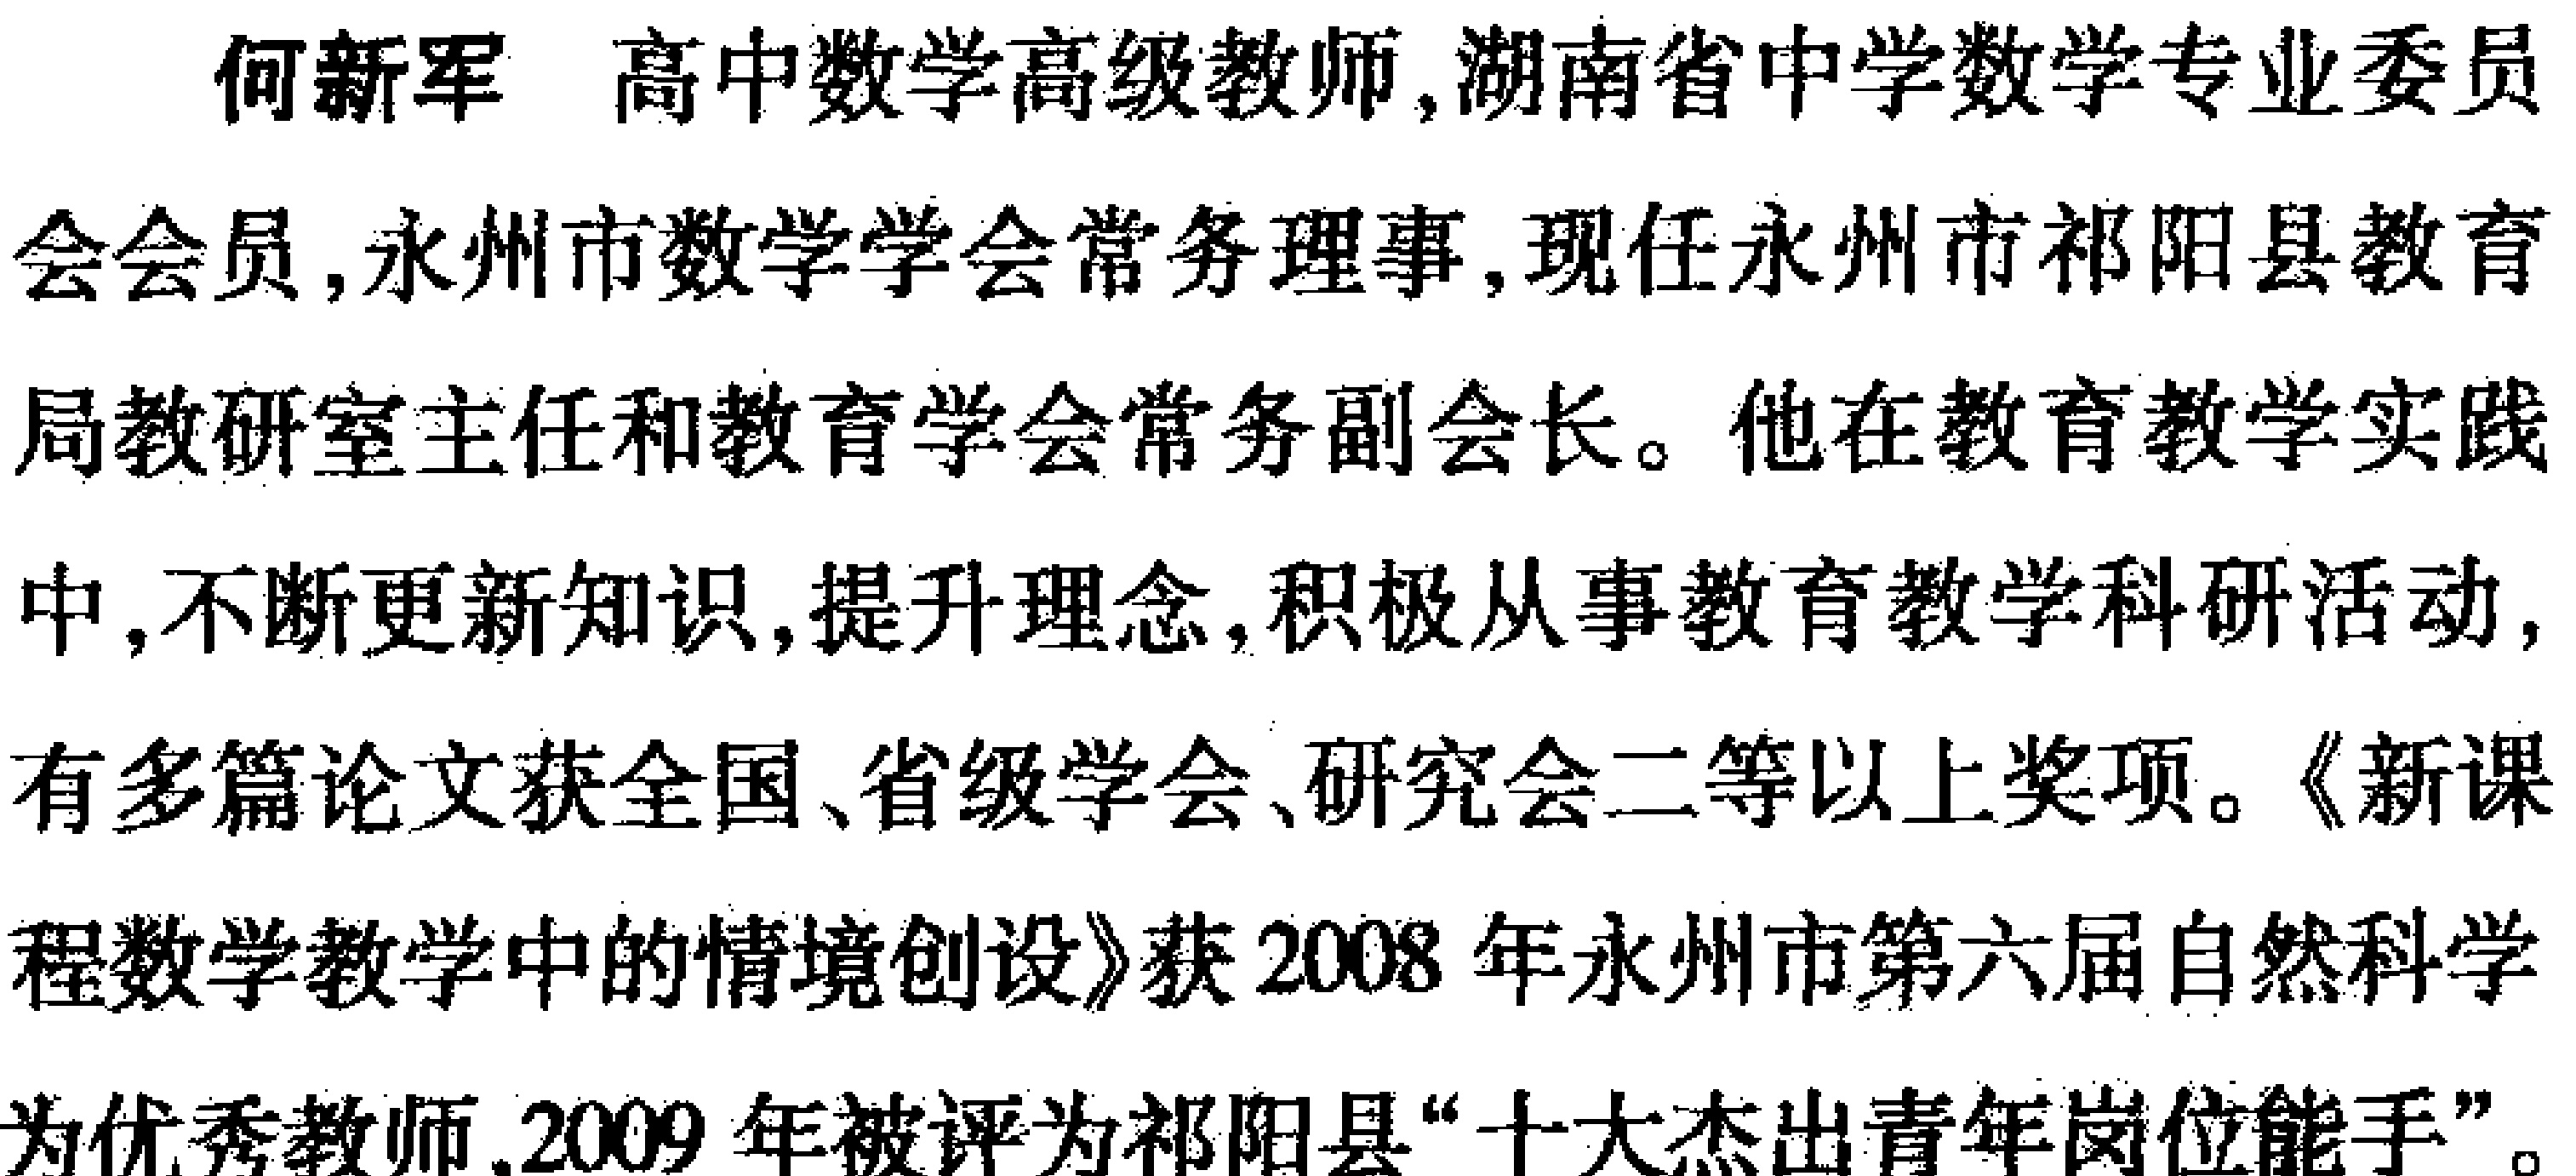
何新军 高中数学高级教师,湖南省中学数学专业委员

会会员,永州市数学学会常务理事,现任永州市祁阳县教育

局教研室主任和教育学会常务副会长。他在教育教学实践

中,不断更新知识,提升理念,积极从事教育教学科研活动,

有多篇论文获全国、省级学会、研究会二等以上奖项。《新课

程数学教学中的情境创设》获2008年永州市第六届自然科学

为优秀教师,2009年被评为祁阳县“十大杰出青年岗位能手”。